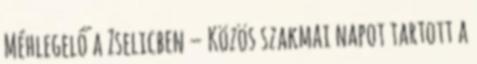
Méhlegelő a Zselicben – Közös szakmai napot tartott a